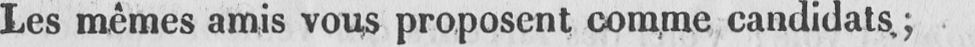
Les mêmes amis vous proposent comme candidats;